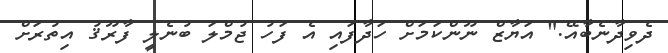
ދެވިދާނެބާއޭ." އަޔާޒް ނޫންކަމަށް ހަދާފައި އެ ފަހު ޖުމްލަ ބުނެލީ ފާރޫޤު އިތުރަށް